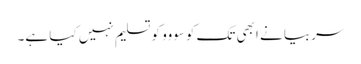
سربیا نے ابھی تک کوسووو کو تسلیم نہیں کیا ہے۔